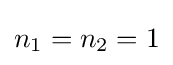
n_{1}=n_{2}=1